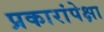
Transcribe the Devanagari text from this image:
प्रकारांपेक्षा